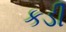
કડી